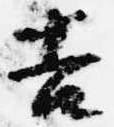
吉